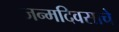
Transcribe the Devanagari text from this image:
जन्मदिवसाचे